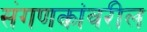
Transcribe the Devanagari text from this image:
संगणकांवरील